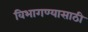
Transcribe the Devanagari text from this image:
विभागण्यासाठी